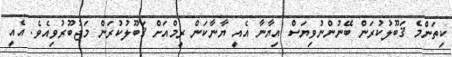
ކިތަންމެ ޤަބޫލުކުރަން ބޭނުންނުވިޔަސް އިޔާނާ އެއީ ޔާނާކަން ރީމްއަށް ޤަބޫލުކުރަން މަޖުބޫރުވިއެވެ. އެއީ